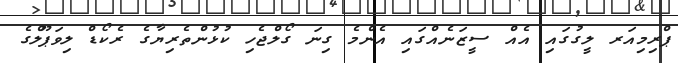
ޕްރިމިއަރ ލީގުގައި އެއް ސީޒަނެއްގައި އެންމެ ގިނަ ގޯލްޖެހި ކުޅުންތެރިޔާގެ ރެކޯޑް ލިވަޕޫލްގެ